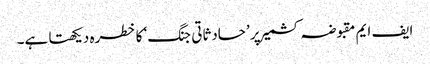
ایف ایم مقبوضہ کشمیر پر ’حادثاتی جنگ‘ کا خطرہ دیکھتا ہے۔